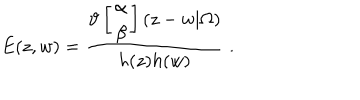
E ( z , w ) = \frac { \vartheta \left[ \begin{array} { c } { { \alpha } } \\ { { \beta } } \\ \end{array} \right] ( z - w | \Omega ) } { h ( z ) h ( w ) } \; .